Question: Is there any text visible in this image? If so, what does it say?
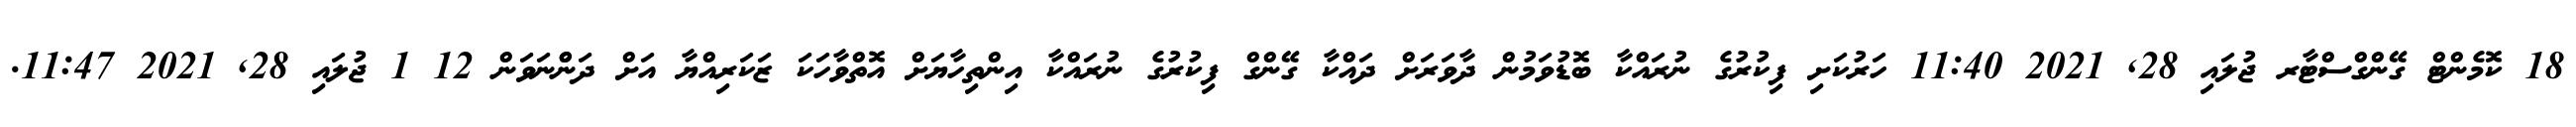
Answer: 18 ކޮމެންޓް ގޭންގްސްޓާރ ޖުލައި 28, 2021 11:40 ހަރުކަށި ފިކުރުގެ ނުރައްކާ ބޮޑުވަމުން ދާވަރަށް ދައްކާ ގޭންގް ފިކުރުގެ ނުރައްކާ އިންތިހާޔަށް އޮތްވާހަކަ ޒަކަރިއްޔާ އަށް ދަންްނަވަން 12 1 ޖުލައި 28, 2021 11:47.